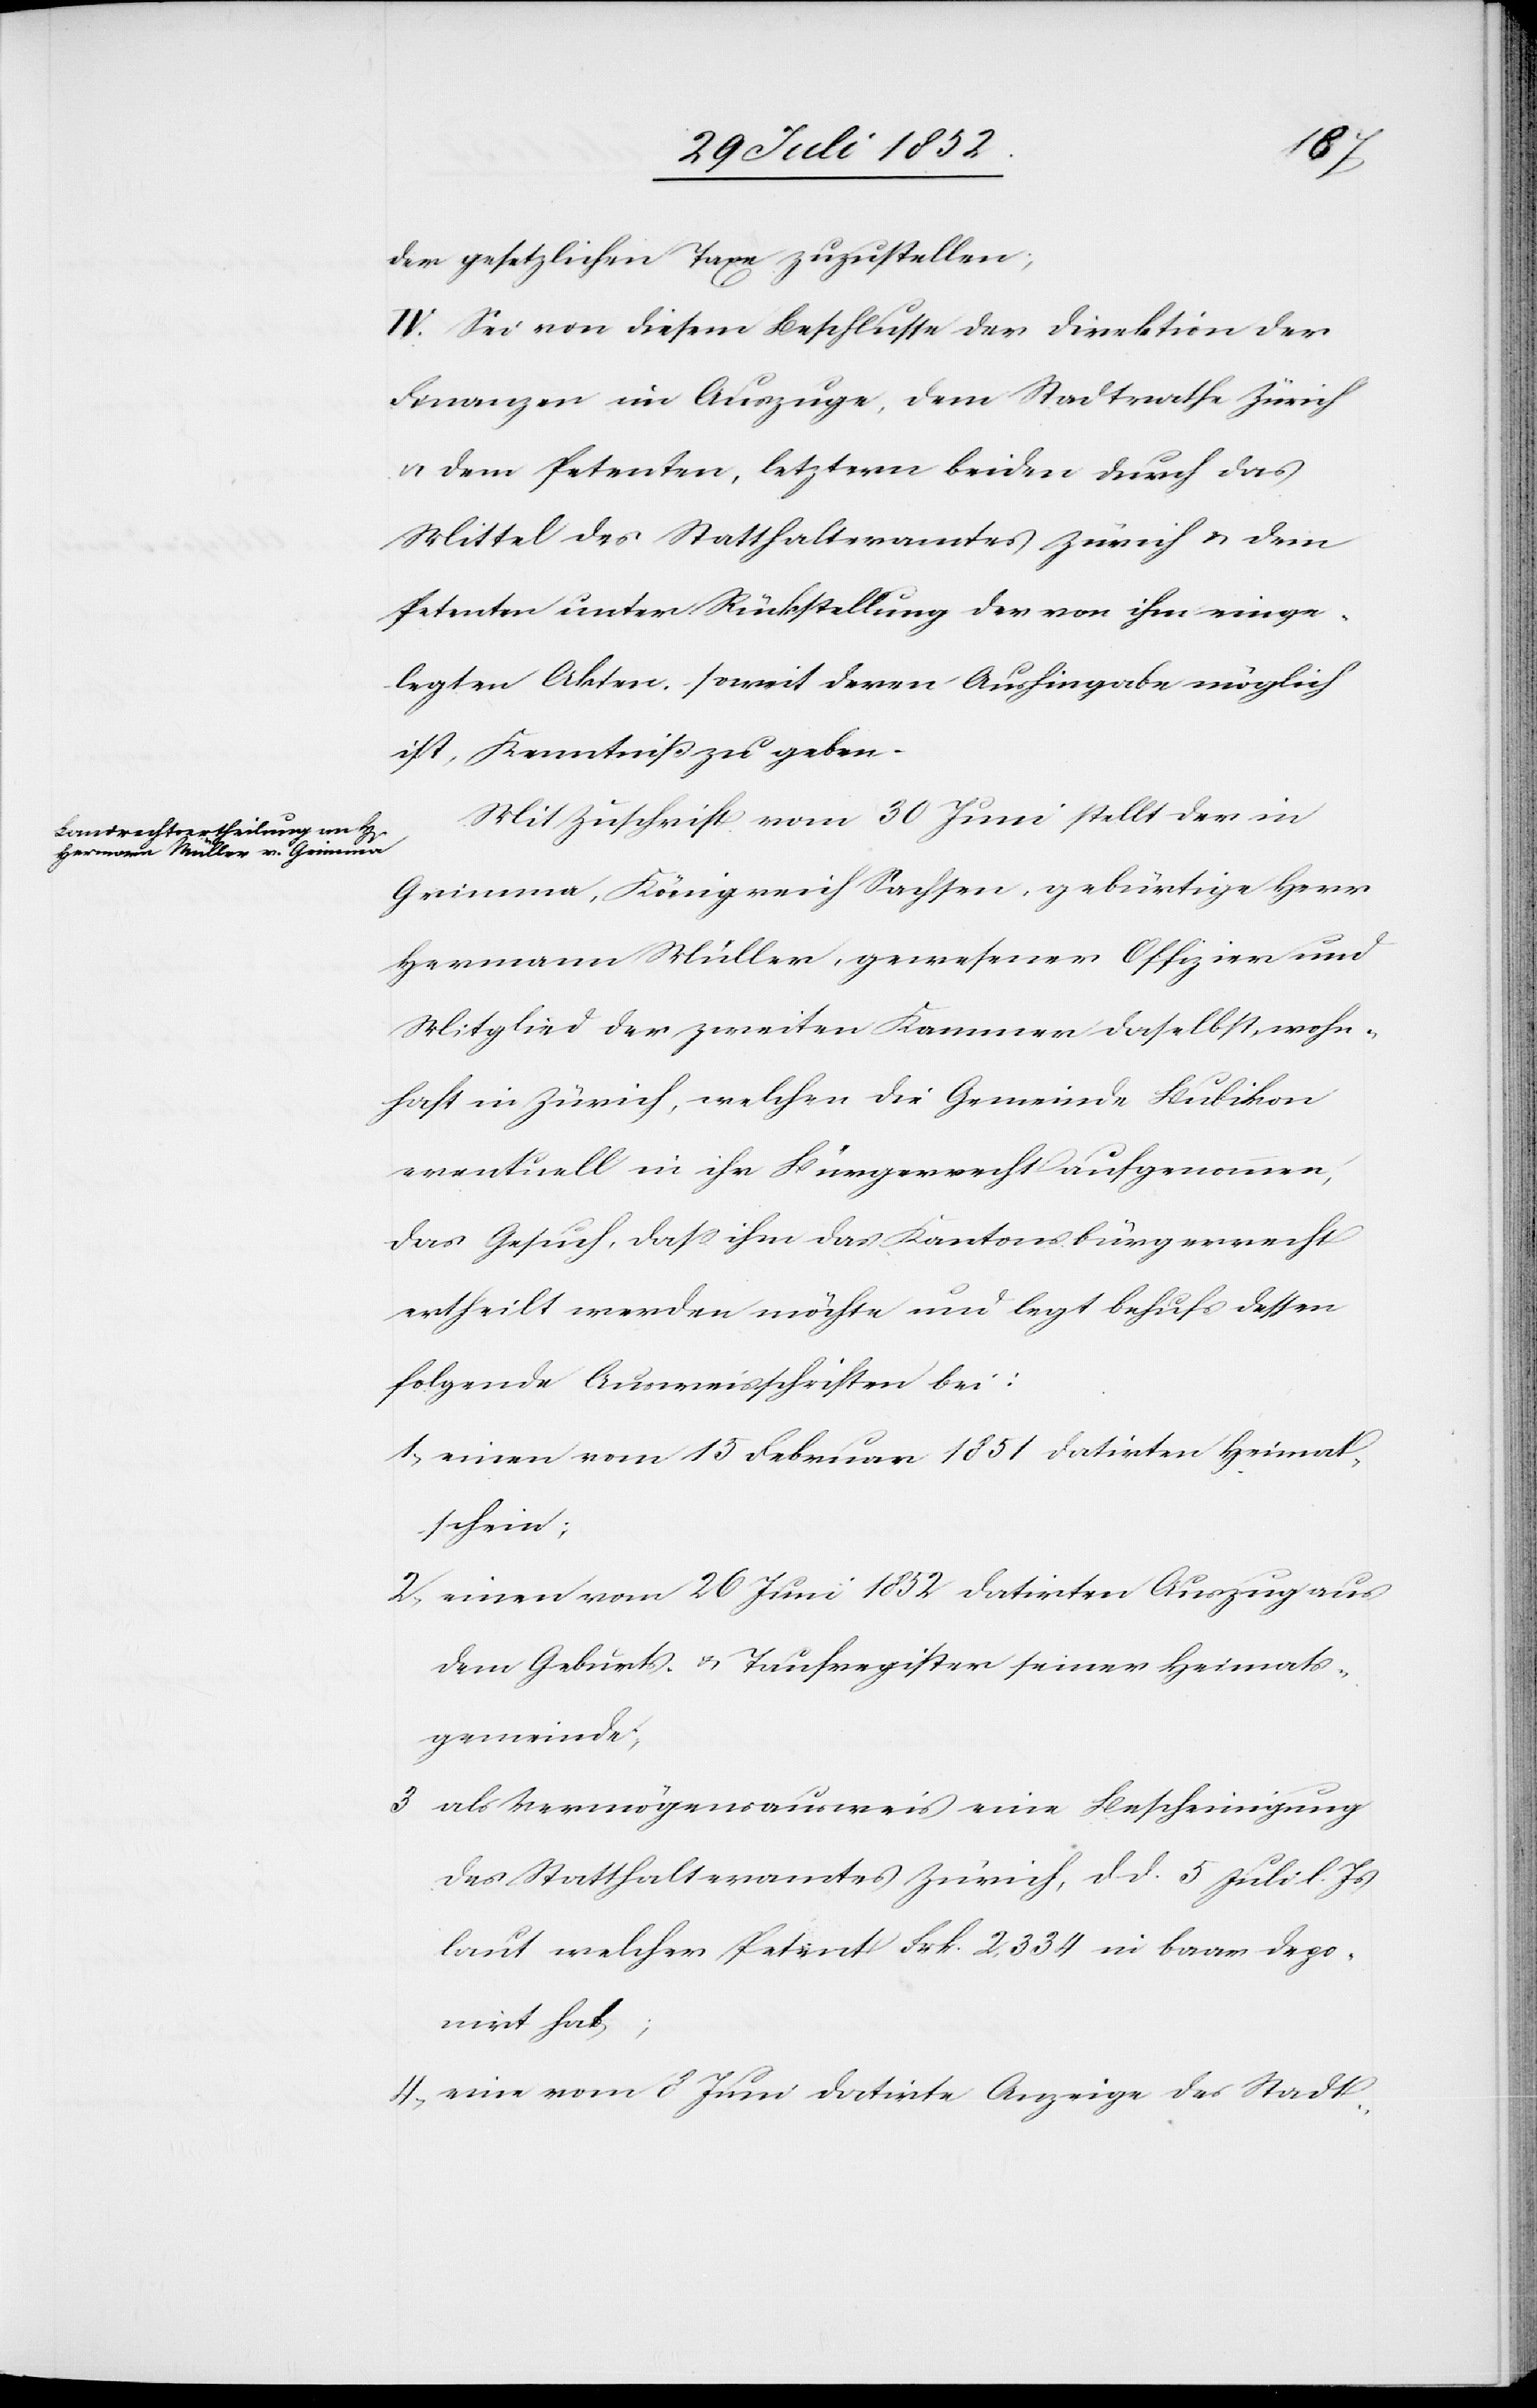
der gesetzlichen Taxe zuzustellen;
IV. Sei von diesem Beschlusse der Direktion der
Finanzen im Auszuge, dem Stadtrathe Zürich
& dem Petenten, letztern beiden durch das
Mittel des Statthalteramtes Zürich & dem
Petenten unter Rückstellung der von ihm einge¬
legten Akten, soweit deren Aushingabe möglich
ist, Kenntniß zu geben.
Mit Zuschrift vom 30 Juni stellt der in
Grimma, Königreich Sachsen, gebürtige Herr
Hermann Müller, gewesener Offizier und
Mitglied der zweiten Kammer daselbst, wohn¬
haft in Zürich, welchen die Gemeinde Bubikon
eventuell in ihr Bürgerrecht aufgenommen,
das Gesuch, dass ihm das Kantonsbürgerrecht
ertheilt werden möchte und legt behufs dessen
folgende Ausweisschriften bei:
einen vom 15 Februar 1851 datirten Heimat¬
schein;
einen vom 26 Juni 1852 datirten Auszug aus
dem Geburts- & Taufregister seiner Heimats¬
gemeinde;
als Vermögensausweis eine Bescheinigung
des Statthalteramtes Zürich, d d. 5 Juli l. Js
laut welcher Petent Frk. 2,334 in baar depo¬
nirt hat;
eine vom 8 Juni datirte Anzeige des Stadt-